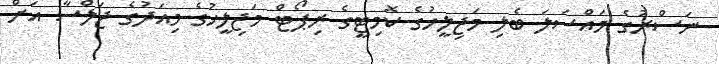
ނަސްރުގެ މައްސަލަ ބެލި މަޖިލީހުގެ ކޮމިޓީގެ ރިޕޯޓް މަޖިލީހުގެ މިއަދުގެ ޖަލްސާ އަށް